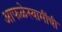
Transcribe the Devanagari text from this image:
आफळेस्वामींची